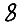
Digit: 8